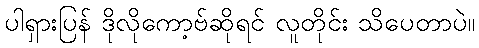
ပါရှားပြန် ဒိုလိုကော့ဗ်ဆိုရင် လူတိုင်း သိပေတာပဲ။